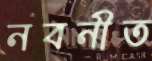
নবনীত